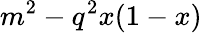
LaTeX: m^{2}-q^{2}x(1-x)